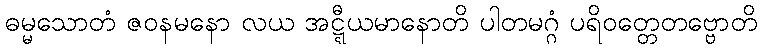
ဓမ္မသောတံ ဇဝနမနော လယ အဋ္ဋီယမာနောတိ ပါတမဂ္ဂံ ပရိဝတ္တေတဗ္ဗောတိ